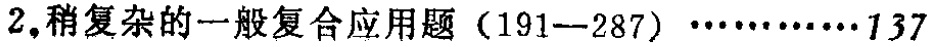
$2.稍复杂的一般复合应用题（191—287）\cdots\cdots137$